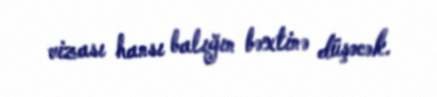
vizası hansı balığın bəxtinə düşəcək.